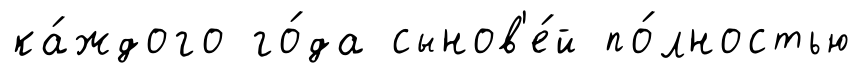
ка́ждого го́да сынов'е́й по́лностью